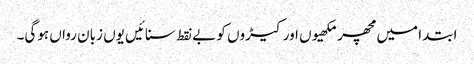
ابتدا میں مچھر مکھیوں اور کیڑوں کو بے نقط سنائیں یوں زبان رواں ہوگی۔